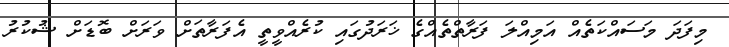
މިފަދަ މަސައްކަތެއް އަމިއްލަ ފަރާތްތެއްގެ ޚަރަދުގައި ކުރެއްވީތީ އެފަރާތަށް ވަރަށް ބޮޑަށް ޝުކުރު